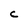
Character: C